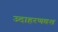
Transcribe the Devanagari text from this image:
उदाहरणवश